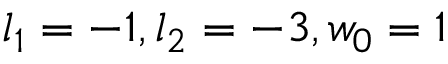
l _ { 1 } = - 1 , l _ { 2 } = - 3 , w _ { 0 } = 1